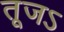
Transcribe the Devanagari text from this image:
तूजऽ